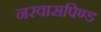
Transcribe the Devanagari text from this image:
नरवासपिण्ड